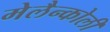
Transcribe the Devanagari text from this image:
मेलैन्कोली